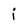
Character: i